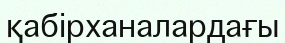
қабірханалардағы